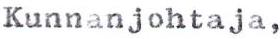
Kunnanjohtaja,